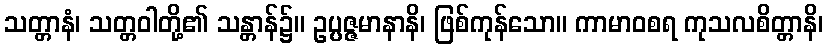
သတ္တာနံ၊ သတ္တဝါတို့၏ သန္တာန်၌။ ဥပ္ပဇ္ဇမာနာနိ၊ ဖြစ်ကုန်သော။ ကာမာဝစရ ကုသလစိတ္တာနိ၊